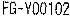
FG-Y00102